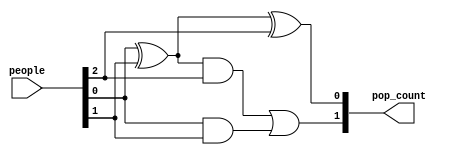
module fa( input [2:0] people,
           output [1:0] pop_count
    );
    wire t1,t2,t3;
    xor a1(t1,people[0],people[1]),
        a2(pop_count[0],t1,people[2]);
     and a3(t2,t1,people[2]),
         a4(t3,people[0],people[1]);
     or a5(pop_count[1],t2,t3);        
endmodule